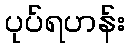
ပုပ်ရဟန်း